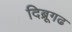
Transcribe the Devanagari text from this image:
दिब्रूगढ